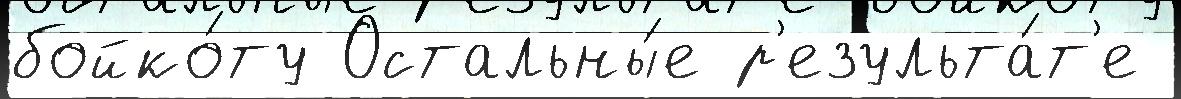
бойко́ту Остальны́е р'езульта́т'е